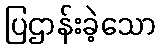
ပြဌာန်းခဲ့သော